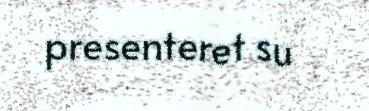
presenteret su